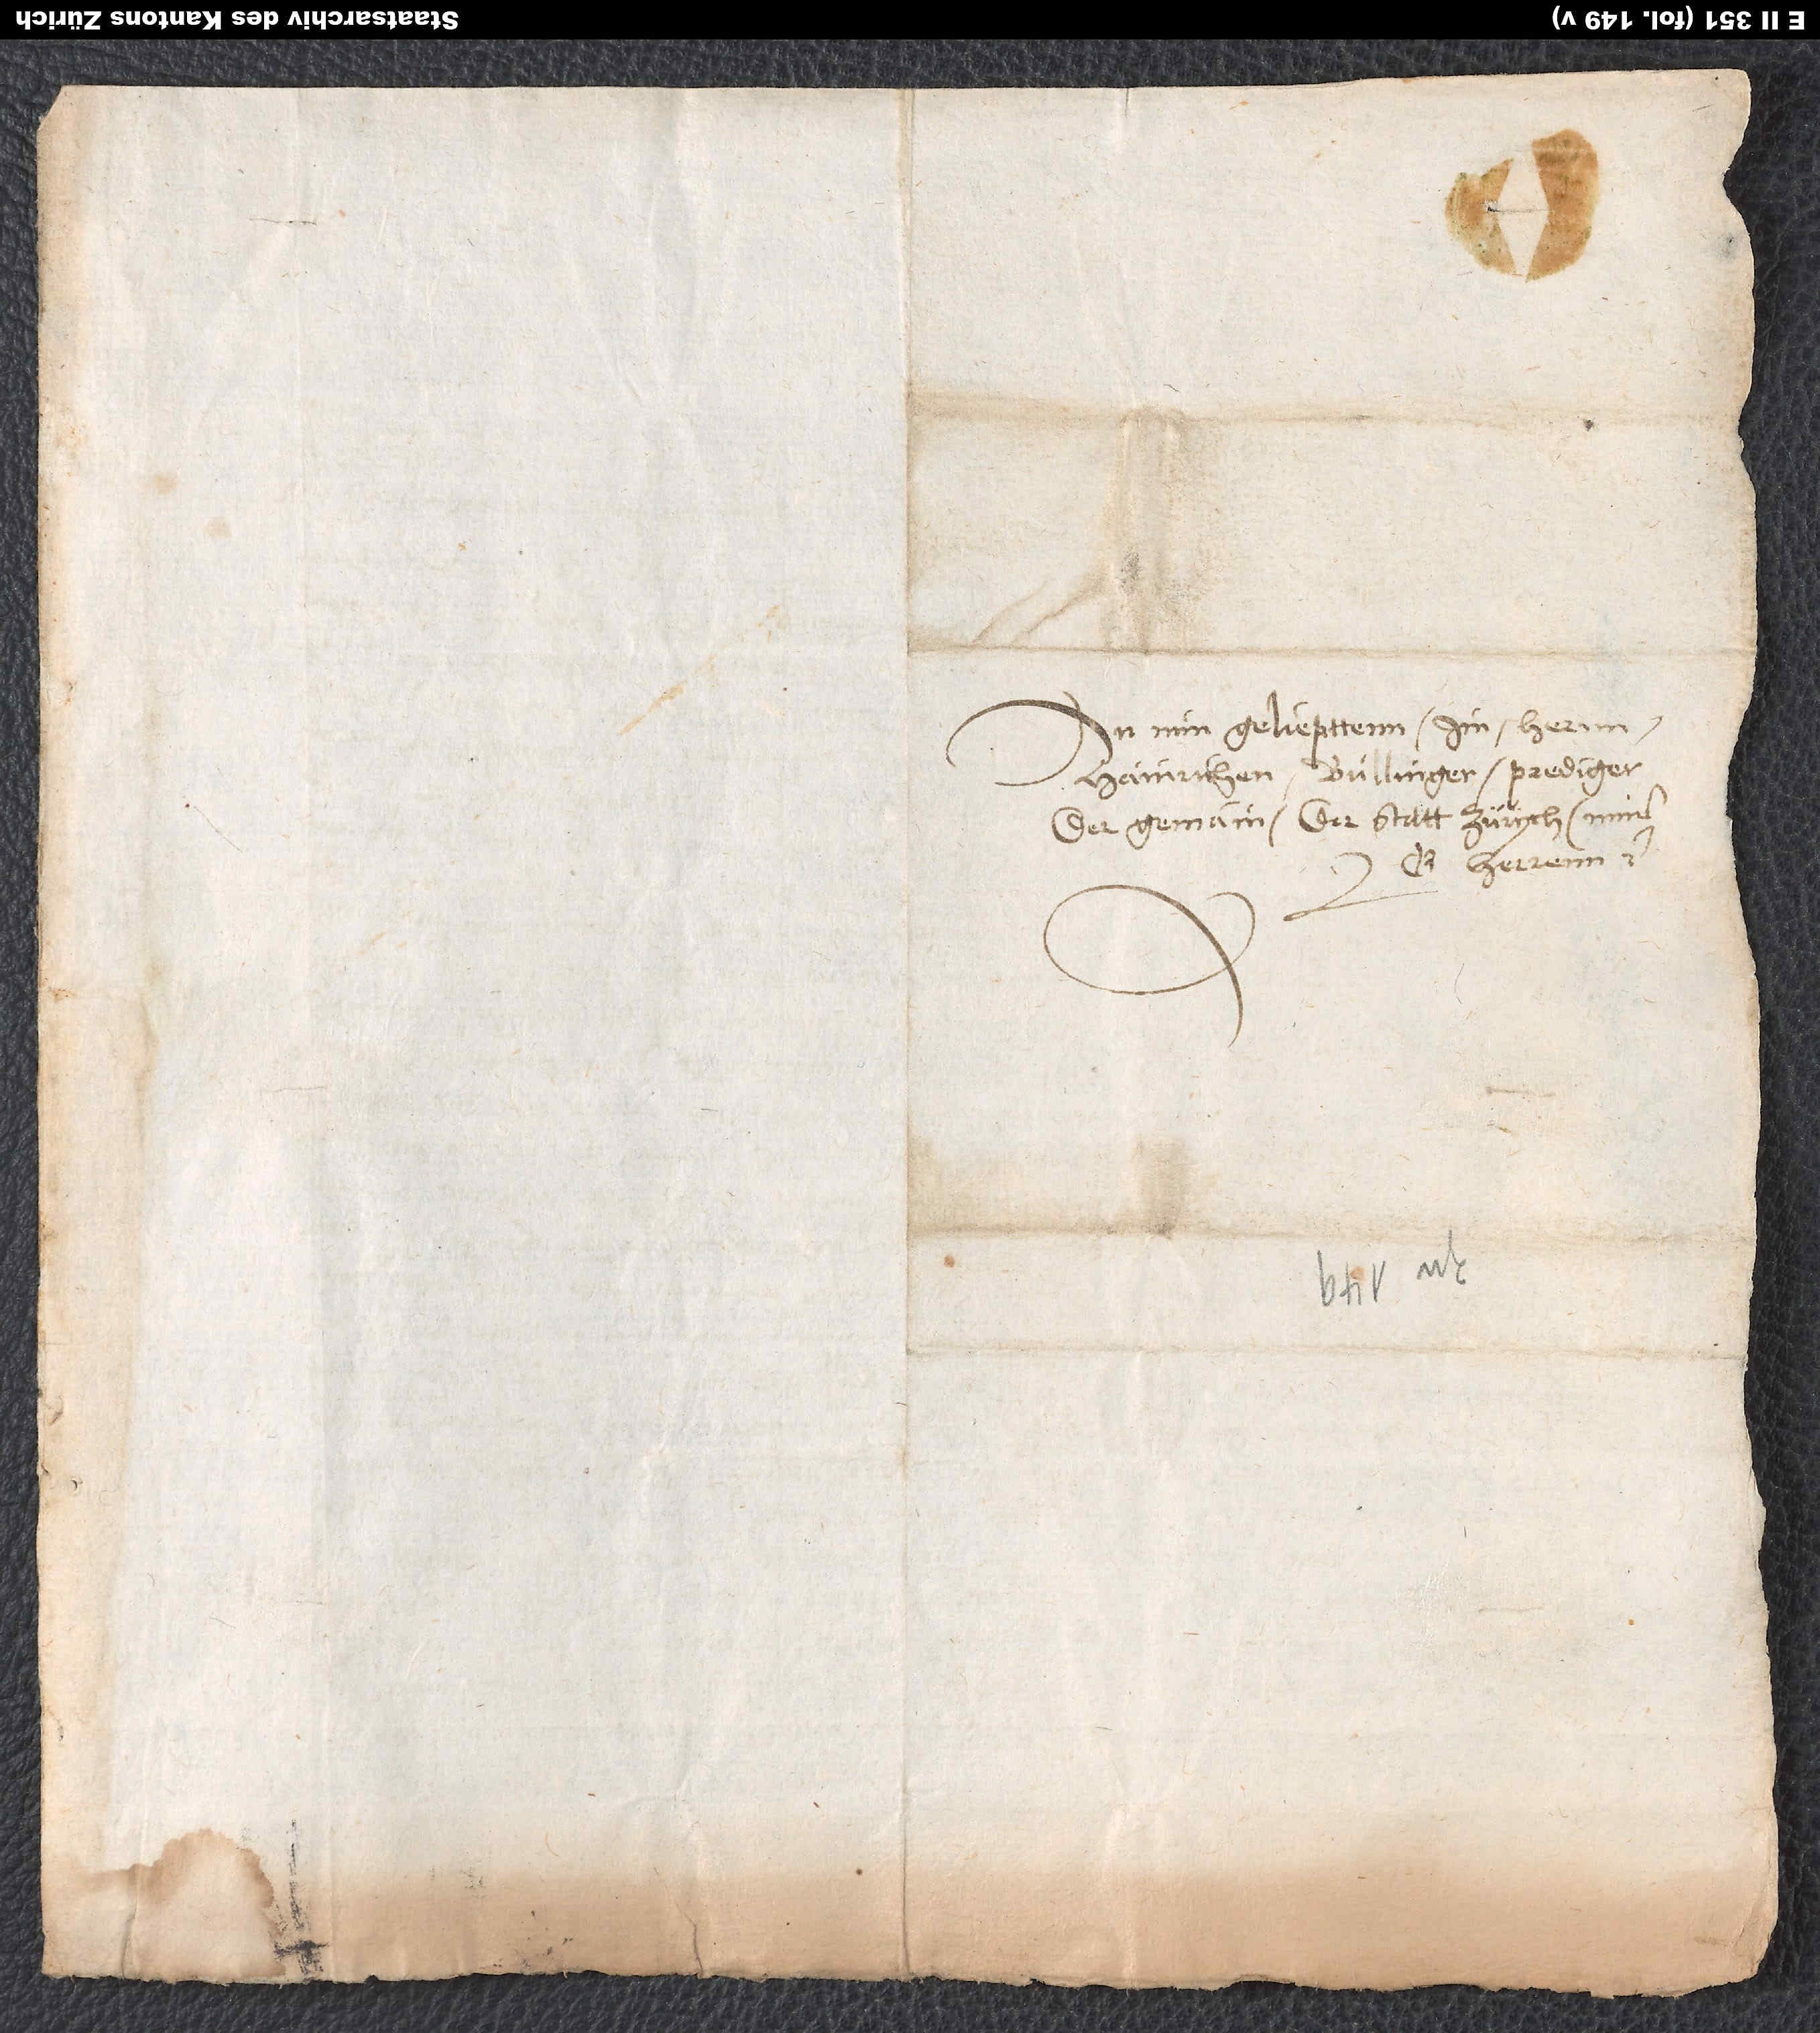
An min geliepttenn im hernn,
Hainrichen Bullinger, prediger
der gemain der statt Zürych, minem
herrenn etc.